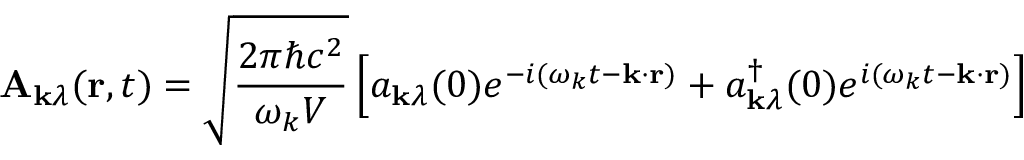
\mathbf { A } _ { \mathbf { k } \lambda } ( \mathbf { r } , t ) = { \sqrt { \frac { 2 \pi \hbar c ^ { 2 } } { \omega _ { k } V } } } \left[ a _ { \mathbf { k } \lambda } ( 0 ) e ^ { - i ( \omega _ { k } t - \mathbf { k } \cdot \mathbf { r } ) } + a _ { \mathbf { k } \lambda } ^ { \dagger } ( 0 ) e ^ { i ( \omega _ { k } t - \mathbf { k } \cdot \mathbf { r } ) } \right]